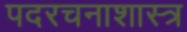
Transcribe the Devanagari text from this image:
पदरचनाशास्त्र